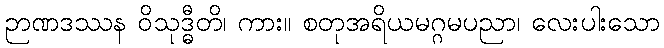
ဉာဏဒဿန ဝိသုဒ္ဓီတိ၊ ကား။ စတုအရိယမဂ္ဂမပညာ၊ လေးပါးသော